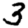
Digit: 3